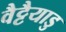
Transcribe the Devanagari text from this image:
वैट्टैयाडु